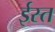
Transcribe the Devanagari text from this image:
ईस्त